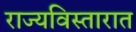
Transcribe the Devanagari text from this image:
राज्यविस्तारात